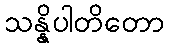
သန္နိပါတိတော